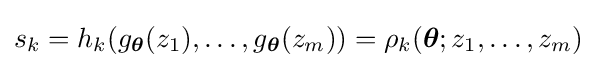
s_{k}=h_{k}(g_{\boldsymbol {\theta }}(z_{1}),\ldots ,g_{\boldsymbol {\theta }}(z_{m}))=\rho _{k}({\boldsymbol {\theta }};z_{1},\ldots ,z_{m})